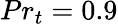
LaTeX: Pr_{t}=0.9